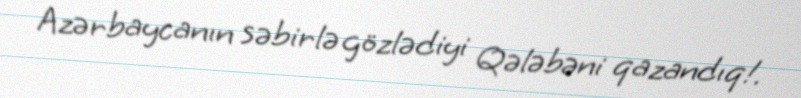
Azərbaycanın səbirlə gözlədiyi Qələbəni qazandıq!.